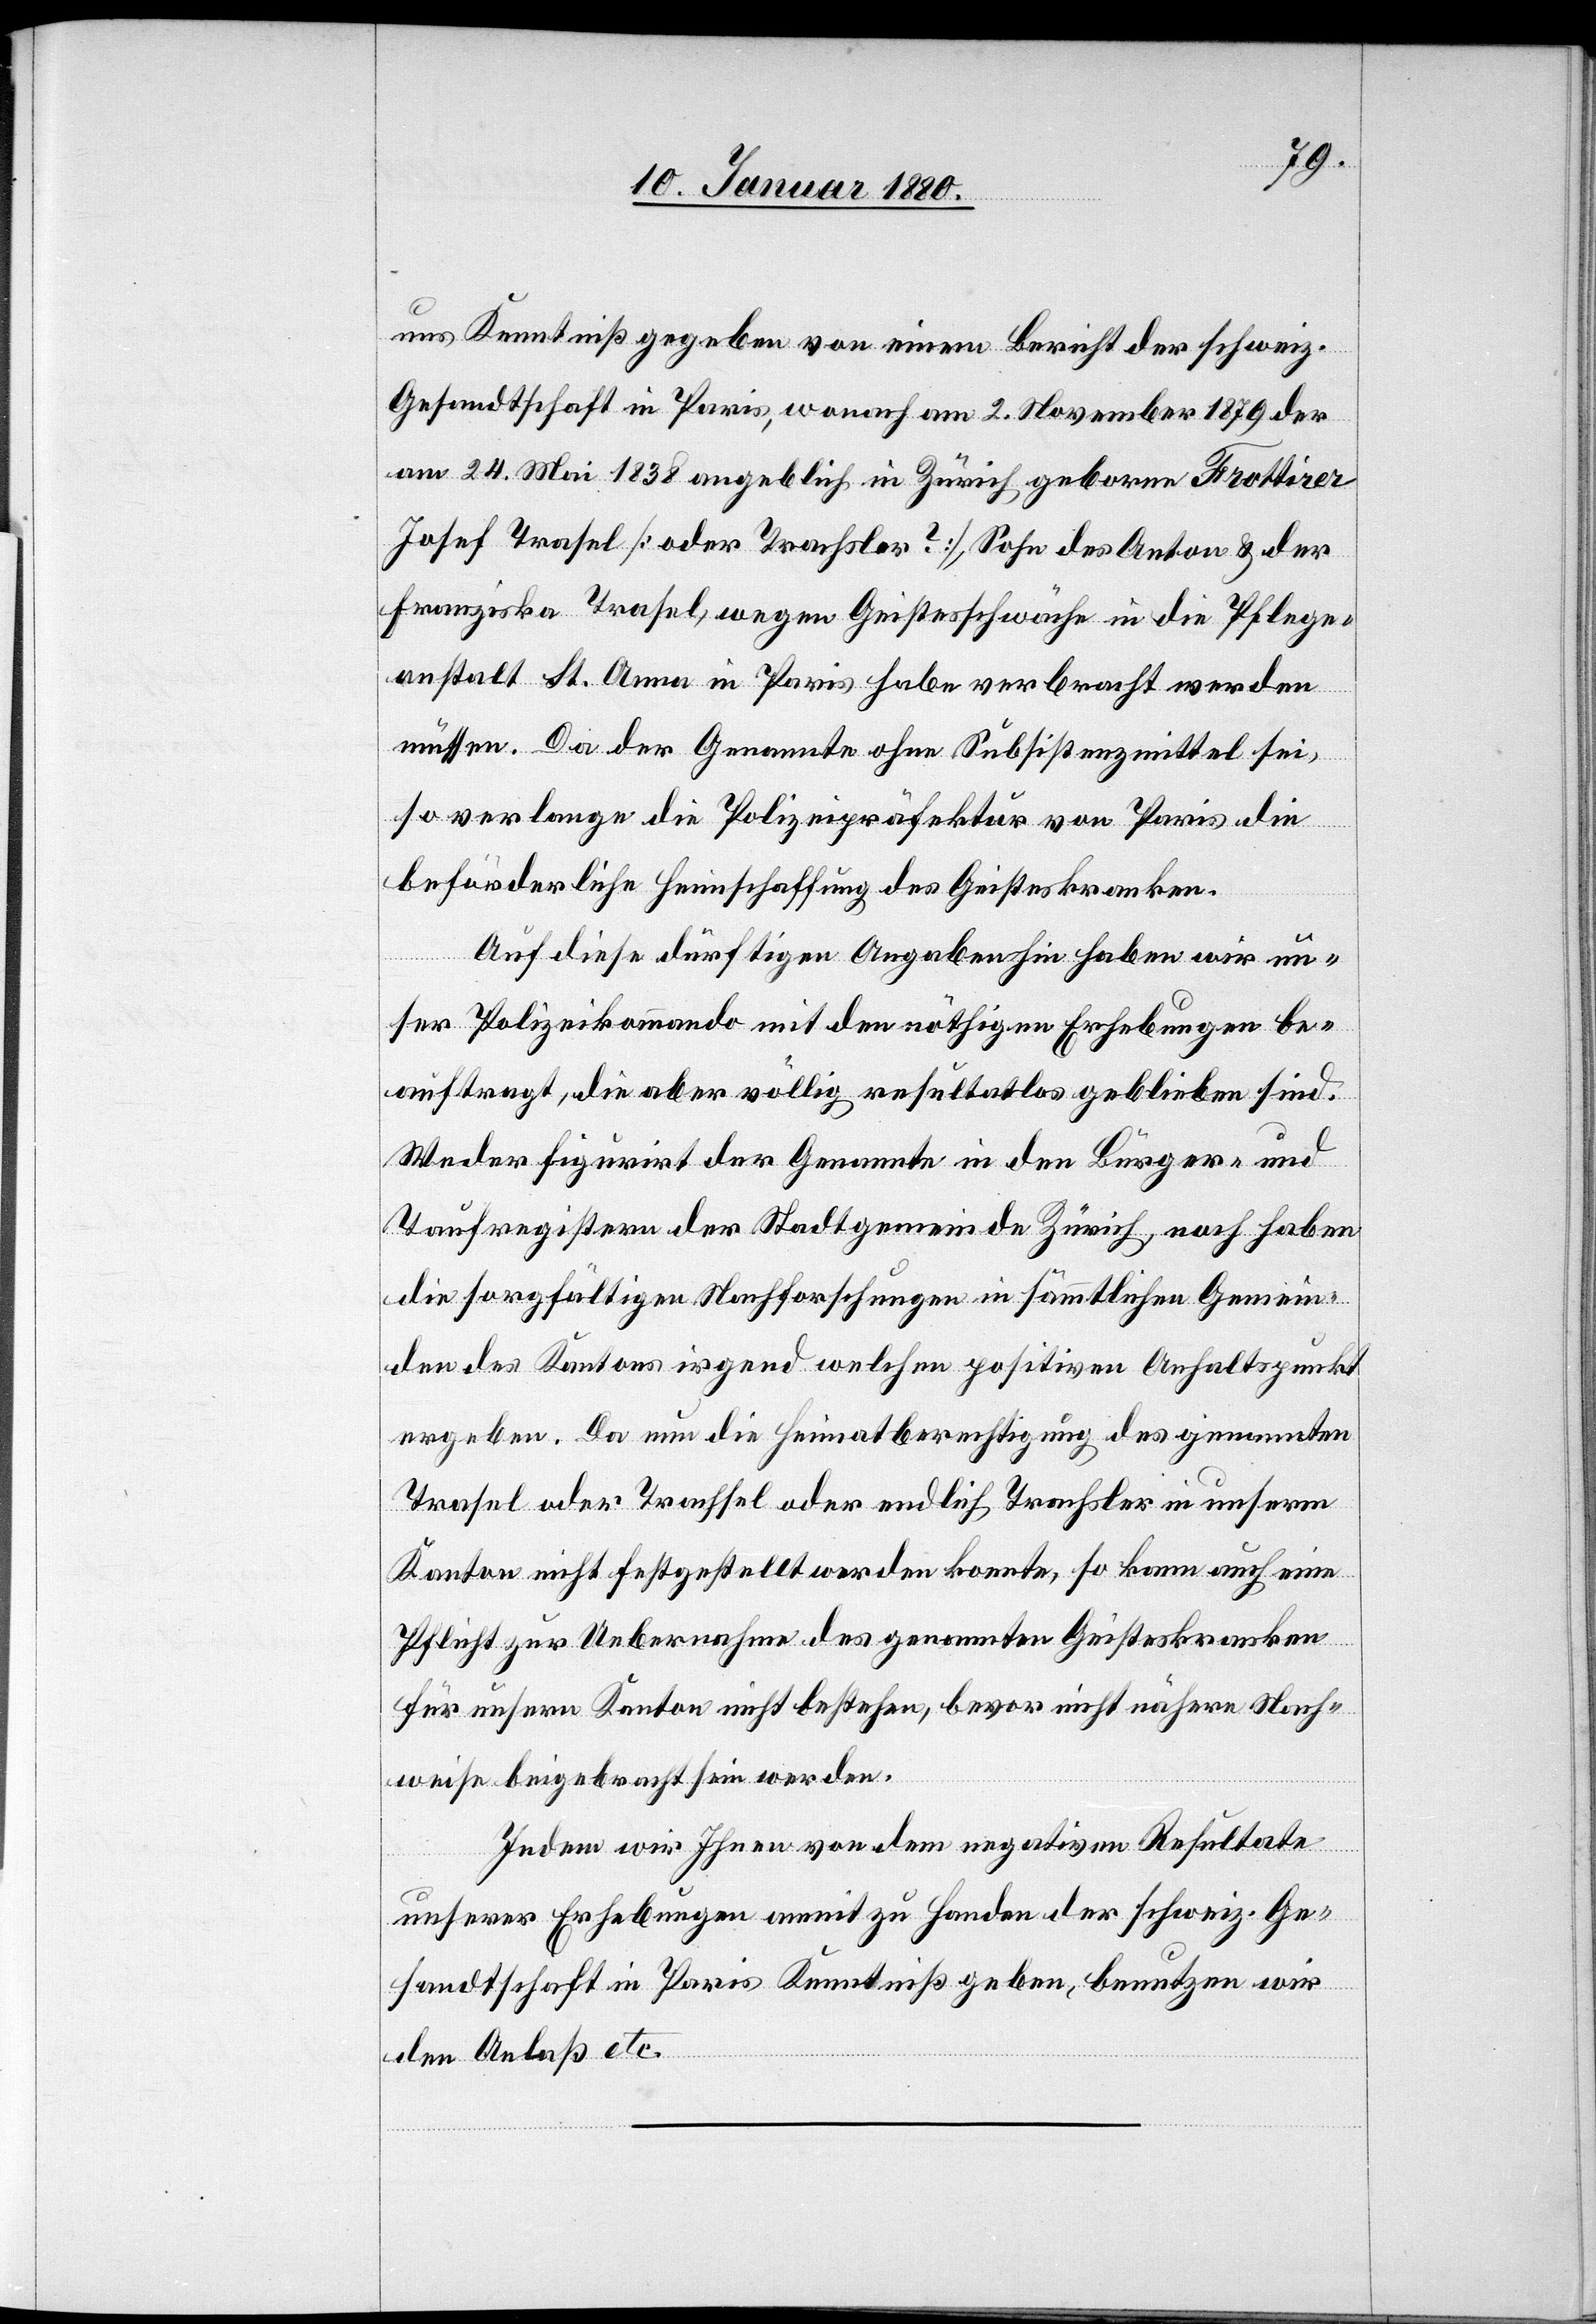
uns Kenntniß gegeben von einem Bericht der schweiz.
Gesandtschaft in Paris, wonach am 2. November 1879 der
am 24. Mai 1838 angeblich in Zürich geborne Frottirer
Josef Trasel [oder Trachsler?], Sohn des Anton & der
Franziska Trasel, wegen Geistesschwäche in die Pflege¬
anstalt St. Anna in Paris habe verbracht werden
müssen. Da der Genannte ohne Subsistenzmittel sei,
so verlange die Polizeipräfektur von Paris die
Behörderliche Heimschaffung des Geisteskranken.
Auf diese dürftigen Angaben hin haben wir un¬
ser Polizeikommando mit den nöthigen Erhebungen be¬
auftrag, die aber völlig resultatlos geblieben sind.
Weder figurirt der Genannte in den Bürger- und
Taufregistern der Stadtgemeinde Zürich, noch haben
die sorgfältigen Nachforschungen in sämmtlichen Gemein¬
den des Kantons irgend welchen positiven Anhaltspunkt
ergeben. Da nun die Heimatberechtigung des genannten
Trasel oder Trachsel oder endlich Trachsler in unserm
Kanton nicht festgestellt werden konnte, so kann auch eine
Pflicht zur Uebernahme des genannten Geisteskranken
für unsern Kanton nicht bestehen, bevor nicht nähere Nach¬
weise beigebracht sein werden.
Indem wir Ihnen von dem negative Resultate
unserer Erhebungen anmit zu Handen der schweiz. Ge¬
sandtschaft in Paris Kenntniß geben, benutzen wir
den Anlaß etc.